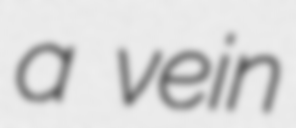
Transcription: a vein